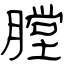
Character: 膛